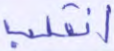
انقلب